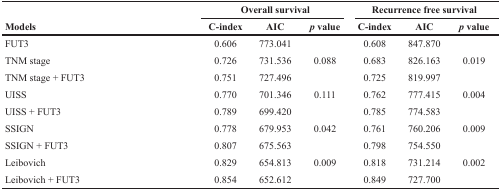
<table><thead><tr><td></td><td colspan="3"><b>Overall survival</b></td><td colspan="3"><b>Recurrence free survival</b></td></tr><tr><td><b>Models</b></td><td><b>C-index</b></td><td><b>AIC</b></td><td><b><i>p</i> value</b></td><td><b>C-index</b></td><td><b>AIC</b></td><td><b><i>p</i> value</b></td></tr></thead><tbody><tr><td>FUT3</td><td>0.606</td><td>773.041</td><td></td><td>0.608</td><td>847.870</td><td></td></tr><tr><td>TNM stage</td><td>0.726</td><td>731.536</td><td>0.088</td><td>0.683</td><td>826.163</td><td>0.019</td></tr><tr><td>TNM stage + FUT3</td><td>0.751</td><td>727.496</td><td></td><td>0.725</td><td>819.997</td><td></td></tr><tr><td>UISS</td><td>0.770</td><td>701.346</td><td>0.111</td><td>0.762</td><td>777.415</td><td>0.004</td></tr><tr><td>UISS + FUT3</td><td>0.789</td><td>699.420</td><td></td><td>0.785</td><td>774.583</td><td></td></tr><tr><td>SSIGN</td><td>0.778</td><td>679.953</td><td>0.042</td><td>0.761</td><td>760.206</td><td>0.009</td></tr><tr><td>SSIGN + FUT3</td><td>0.807</td><td>675.563</td><td></td><td>0.798</td><td>754.550</td><td></td></tr><tr><td>Leibovich</td><td>0.829</td><td>654.813</td><td>0.009</td><td>0.818</td><td>731.214</td><td>0.002</td></tr><tr><td>Leibovich + FUT3</td><td>0.854</td><td>652.612</td><td></td><td>0.849</td><td>727.700</td><td></td></tr></tbody></table>